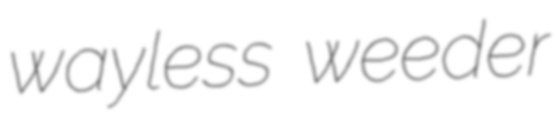
wayless weeder